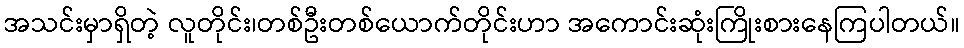
အသင်းမှာရှိတဲ့ လူတိုင်း၊တစ်ဦးတစ်ယောက်တိုင်းဟာ အကောင်းဆုံးကြိုးစားနေကြပါတယ်။